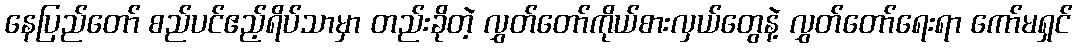
နေပြည်တော် စည်ပင်ဧည့်ရိပ်သာမှာ တည်းခိုတဲ့ လွှတ်တော်ကိုယ်စားလှယ်တွေနဲ့ လွှတ်တော်ရေးရာ ကော်မရှင်